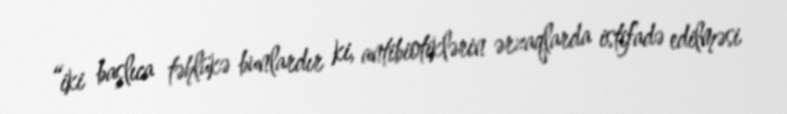
“iki başlıca təhlükə bunlardır ki, antibiotiklərin ərzaqlarda istifadə edilməsi